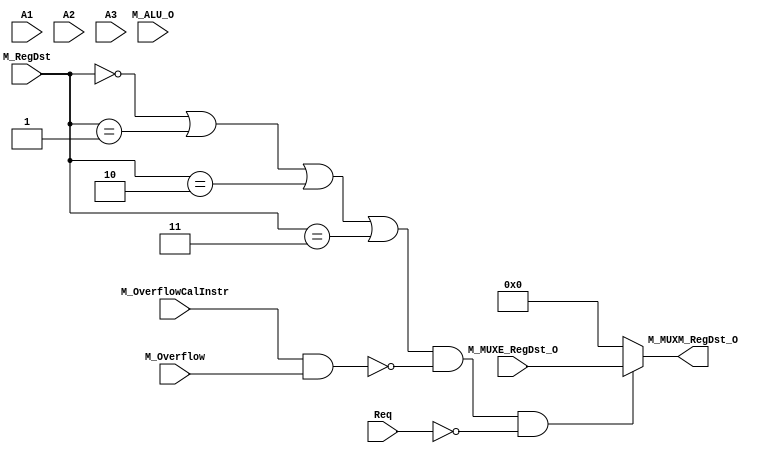
`timescale 1ns / 1ps
//////////////////////////////////////////////////////////////////////////////////
// Company: 
// Engineer: 
// 
// Design Name: 
// Module Name:    MUXM_RegDst 
// Project Name: 
// Target Devices: 
// Tool versions: 
// Description: 
//
// Dependencies: 
//
// Revision: 
// Revision 0.01 - File Created
// Additional Comments: 
//
//////////////////////////////////////////////////////////////////////////////////
module MUXM_RegDst(
    input [4:0] M_MUXE_RegDst_O,
	 input [4:0] A1,
	 input [4:0] A2,
	 input [4:0] A3,
    input [31:0] M_ALU_O,
	 input Req,
	 input M_OverflowCalInstr,
	 input M_Overflow,
    input [3:0] M_RegDst,
    output reg [4:0] M_MUXM_RegDst_O
    );
	 always@(*) begin
		if ((M_RegDst == 4'b0000 || M_RegDst == 4'b0001 || M_RegDst == 4'b0010 || M_RegDst == 4'b0011) && !(M_OverflowCalInstr && M_Overflow) && !Req) begin
			M_MUXM_RegDst_O = M_MUXE_RegDst_O;
		end
		else begin
			M_MUXM_RegDst_O = 5'b00000;
		end
	 end

endmodule